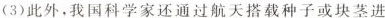
(3)此外，我国科学家还通过航天搭载种子或块茎进